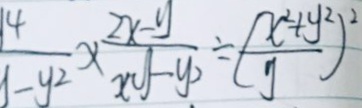
\frac { 4 } { - y ^ { 2 } } \times \frac { 2 x - y } { x y - y ^ { 2 } } \div ( \frac { x ^ { 2 } + y ^ { 2 } } { y } ) ^ { 2 }